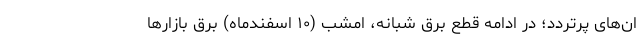
ان‌های پرتردد؛ در ادامه قطع برق شبانه، امشب (۱۰ اسفندماه) برق بازارها